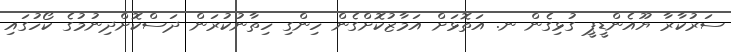
ސަރުކާރާ ޔޫއެންޑީޕީ ގުޅިގެން ނ. އަތޮޅަށް އަމާޒުކޮށްގެން ހިންގި ހިތާނުކުރަން ދަސްކޮށްދިނުމުގެ ކޯހުގައި